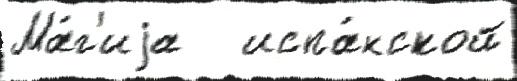
Ма́г'иjа   испа́нской